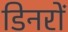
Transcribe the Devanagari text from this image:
डिनरों